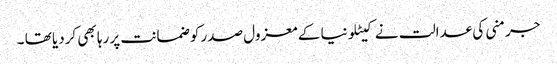
جرمنی کی عدالت نے کیٹلونیا کے معزول صدر کو ضمانت پر رہا بھی کردیا تھا ۔